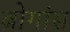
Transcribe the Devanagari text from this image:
ब्रोगांस